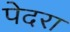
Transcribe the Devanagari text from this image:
पेदरा